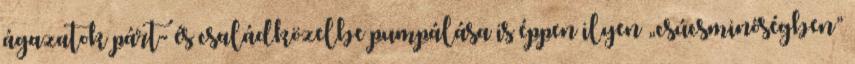
ágazatok párt- és családközelbe pumpálása is éppen ilyen „csúcsminőségben”